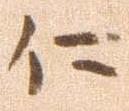
に